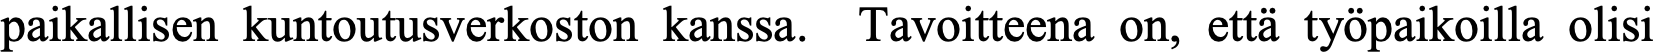
paikallisen kuntoutusverkoston kanssa. Tavoitteena on, että työpaikoilla olisi